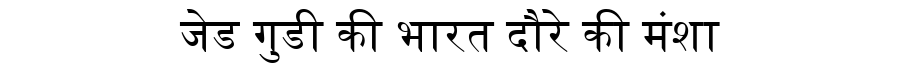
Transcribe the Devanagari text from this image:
जेड गुडी की भारत दौरे की मंशा